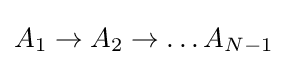
A_{1}\rightarrow A_{2}\rightarrow \dots A_{N-1}